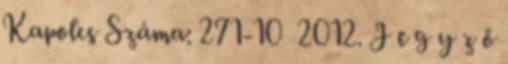
Kapolcs Száma: 271-10 2012. J e g y z ő